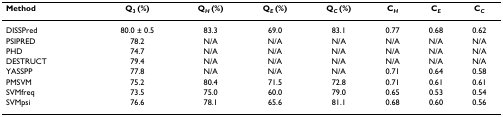
<table><thead><tr><td><b>Method</b></td><td><b>Q<sub>3 </sub>(%)</b></td><td><b>Q<sub><i>H </i></sub>(%)</b></td><td><b>Q<sub><i>E </i></sub>(%)</b></td><td><b>Q<sub><i>C </i></sub>(%)</b></td><td><b>C<sub><i>H</i></sub></b></td><td><b>C<sub><i>E</i></sub></b></td><td><b>C<sub><i>C</i></sub></b></td></tr></thead><tbody><tr><td>DISSPred</td><td>80.0 ± 0.5</td><td>83.3</td><td>69.0</td><td>83.1</td><td>0.77</td><td>0.68</td><td>0.62</td></tr><tr><td>PSIPRED</td><td>78.2</td><td>N/A</td><td>N/A</td><td>N/A</td><td>N/A</td><td>N/A</td><td>N/A</td></tr><tr><td>PHD</td><td>74.7</td><td>N/A</td><td>N/A</td><td>N/A</td><td>N/A</td><td>N/A</td><td>N/A</td></tr><tr><td>DESTRUCT</td><td>79.4</td><td>N/A</td><td>N/A</td><td>N/A</td><td>N/A</td><td>N/A</td><td>N/A</td></tr><tr><td>YASSPP</td><td>77.8</td><td>N/A</td><td>N/A</td><td>N/A</td><td>0.71</td><td>0.64</td><td>0.58</td></tr><tr><td>PMSVM</td><td>75.2</td><td>80.4</td><td>71.5</td><td>72.8</td><td>0.71</td><td>0.61</td><td>0.61</td></tr><tr><td>SVMfreq</td><td>73.5</td><td>75.0</td><td>60.0</td><td>79.0</td><td>0.65</td><td>0.53</td><td>0.54</td></tr><tr><td>SVMpsi</td><td>76.6</td><td>78.1</td><td>65.6</td><td>81.1</td><td>0.68</td><td>0.60</td><td>0.56</td></tr></tbody></table>